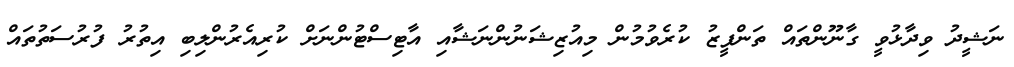
ނަޝީދު ވިދާޅުވީ ގާނޫންތައް ތަންފީޒު ކުރެވުމުން މިއުޒިޝަނުންނަޝާއި އާޓިސްޓުންނަށް ކުރިއެރުންލިބި އިތުރު ފުރުސަތުތައް